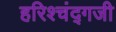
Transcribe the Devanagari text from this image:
हरिश्चंद्गजी